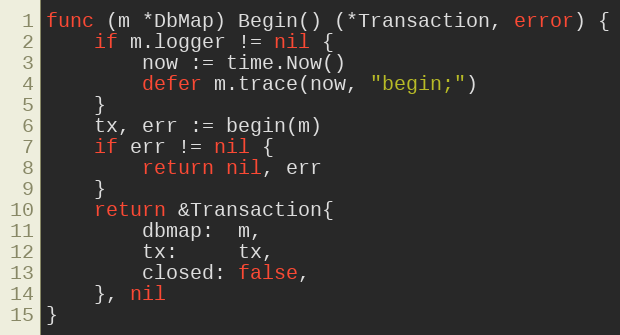
Language: Go
func (m *DbMap) Begin() (*Transaction, error) {
	if m.logger != nil {
		now := time.Now()
		defer m.trace(now, "begin;")
	}
	tx, err := begin(m)
	if err != nil {
		return nil, err
	}
	return &Transaction{
		dbmap:  m,
		tx:     tx,
		closed: false,
	}, nil
}